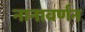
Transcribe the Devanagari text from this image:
नानावर्णन